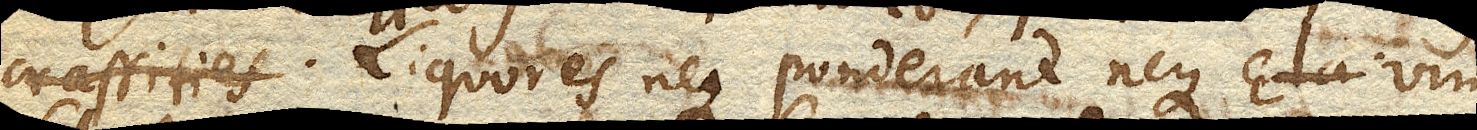
crassities Liquores neque ponderant neque vim